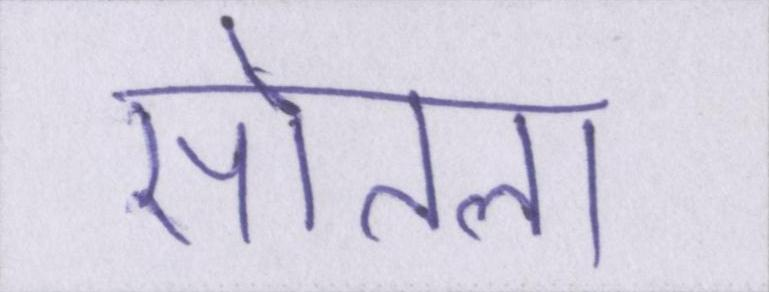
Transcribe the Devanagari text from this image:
सोतला